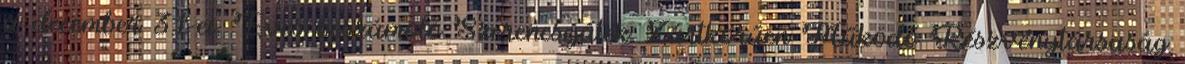
u december 31-ei. Éves beszámoló Szerencsejáték Zártkörűen Működő Részvénytársaság